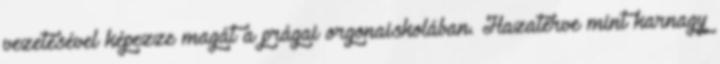
vezetésével képezze magát a prágai orgonaiskolában. Hazatérve mint karnagy